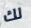
لك